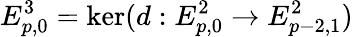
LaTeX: E_{p,0}^{3}=\ker(d:E_{p,0}^{2}\to E_{p-2,1}^{2})